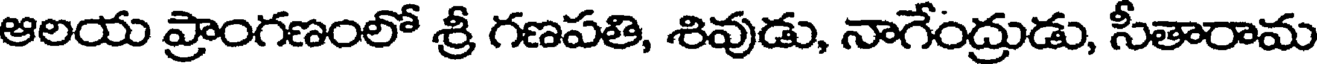
ఆలయ ప్రాంగణంలో శ్రీ గణపతి, శివుడు, నాగేంద్రుడు, సీతారామ